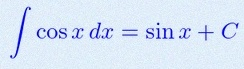
\int \cos x\,dx=\sin x+C